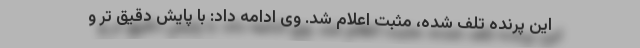
این پرنده تلف شده، مثبت اعلام شد. وی ادامه داد: با پایش دقیق تر و